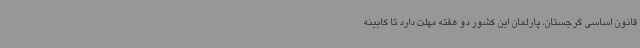
قانون اساسی گرجستان، پارلمان این کشور دو هفته مهلت دارد تا کابینه